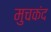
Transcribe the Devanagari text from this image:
मुचकंद